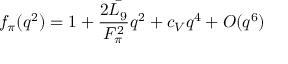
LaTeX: f _ { \pi } ( q ^ { 2 } ) = 1 + { \frac { 2 \bar { L _ { 9 } } } { F _ { \pi } ^ { 2 } } } q ^ { 2 } + c _ { V } q ^ { 4 } + O ( q ^ { 6 } )